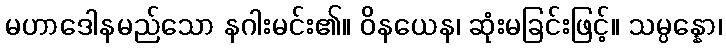
မဟာဒေါနမည်သော နဂါးမင်း၏။ ဝိနယေန၊ ဆုံးမခြင်းဖြင့်။ သမ္ပန္နော၊